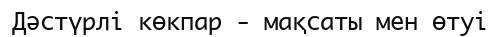
Дәстүрлі көкпар - мақсаты мен өтуі